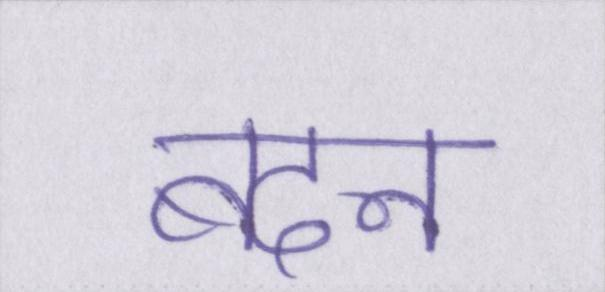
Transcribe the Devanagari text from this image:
बदन